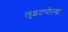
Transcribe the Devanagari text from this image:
लुइटपोल्ड